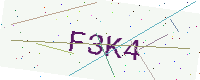
Text: F3K4